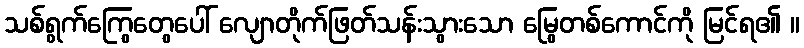
သစ်ရွက်ကြွေတွေပေါ် လျောတိုက်ဖြတ်သန်းသွားသော မြွေတစ်ကောင်ကို မြင်ရ၏ ။